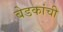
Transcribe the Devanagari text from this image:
बेडकांची